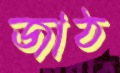
জাঠ